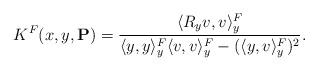
LaTeX: \begin{align*}K^F(x,y,\mathbf{P})=\frac{\langle R_y v,v\rangle^F_y}{\langle y,y\rangle^F_y \langle v,v\rangle^F_y-(\langle y,v\rangle^F_y)^2}.\end{align*}